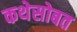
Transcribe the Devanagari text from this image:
कथेसोबत